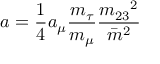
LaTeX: a = \frac { 1 } { 4 } a _ { \mu } \frac { m _ { \tau } } { m _ { \mu } } \frac { { m _ { 2 3 } } ^ { 2 } } { { \bar { m } } ^ { 2 } }